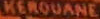
KEROUANI